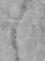
し